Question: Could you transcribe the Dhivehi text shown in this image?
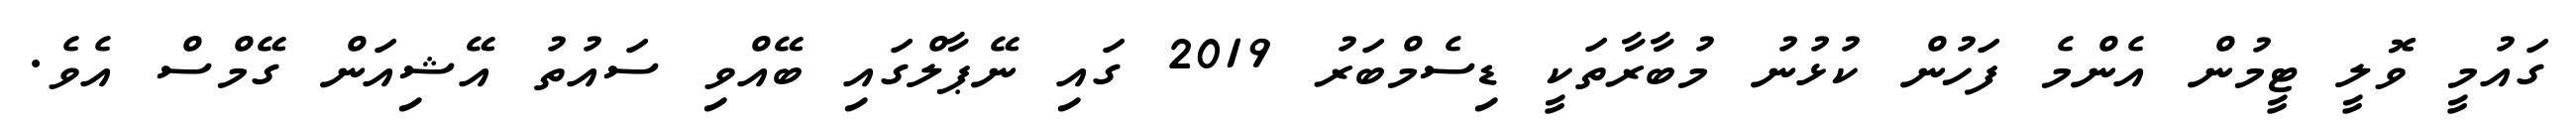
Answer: ގައުމީ ވޮލީ ޓީމުން އެންމެ ފަހުން ކުޅުނު މުބާރާތަކީ ޑިސެމްބަރު 2019 ގައި ނޭޕާލްގައި ބޭއްވި ސައުތު އޭޝިއަން ގޭމްސް އެވެ.